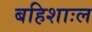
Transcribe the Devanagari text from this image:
बहिशाःल